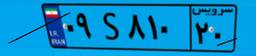
۴۸S۵۰۵۰۸